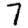
Digit: 7